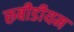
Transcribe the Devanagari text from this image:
रूबीडीयम